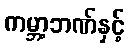
ကမ္ဘာ့ဘဏ်နှင့်